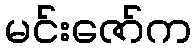
မင်းဇော်က